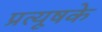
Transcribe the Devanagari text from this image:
प्रत्यूषके